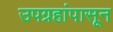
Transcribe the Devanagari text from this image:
उपग्रहांपासून